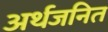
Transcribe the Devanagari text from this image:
अर्थजनित